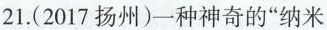
21.(2017扬州)一种神奇的”纳米